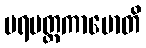
ပရမတ္တကာမောတိ